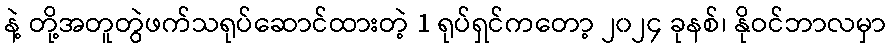
နဲ့ တို့အတူတွဲဖက်သရုပ်ဆောင်ထားတဲ့ 1 ရုပ်ရှင်ကတော့ ၂၀၂၄ ခုနစ်၊ နိုဝင်ဘာလမှာ